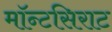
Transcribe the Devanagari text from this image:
मॉन्टसिराट